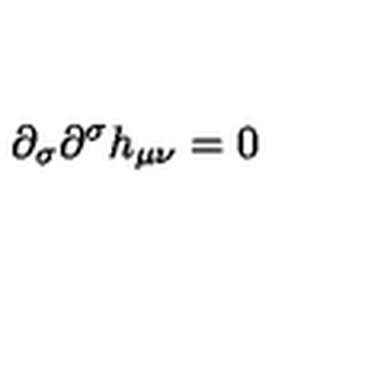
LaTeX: \partial _ { \sigma } \partial ^ { \sigma } h _ { \mu \nu } = 0